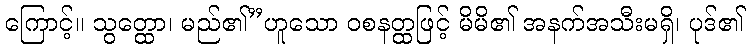
ကြောင့်။ သွတ္ထော၊ မည်၏”ဟူသော ဝစနတ္ထဖြင့် မိမိ၏ အနက်အသီးမရှိ၊ ပုဒ်၏